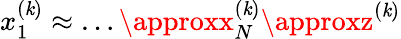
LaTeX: x_{1}^{(\mathit{k})}\approx\ldots\approxx_{N}^{(\mathit{k})}\approxz^{(\mathit{k})}